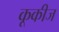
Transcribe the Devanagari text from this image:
कूकीज